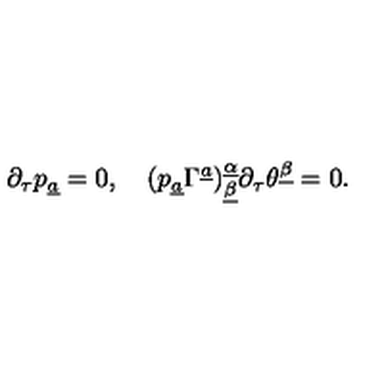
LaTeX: \partial _ { \tau } p _ { \underline { a } } = 0 , \quad ( p _ { \underline { a } } \Gamma ^ { \underline { a } } ) _ { \underline { \beta } } ^ { \underline { \alpha } } \partial _ { \tau } \theta ^ { \underline { \beta } } = 0 .